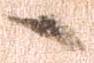
へ